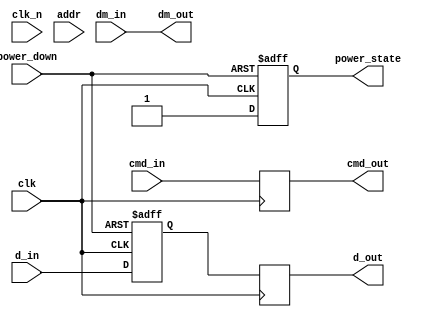
module lpd_io_block (
    input wire clk,          // Main clock input
    input wire clk_n,        // Inverted clock input (differential signaling)
    input wire [DQ_WIDTH-1:0] d_in,  // Data input (DQ)
    output wire [DQ_WIDTH-1:0] d_out, // Data output (DQ)
    input wire [CMD_WIDTH-1:0] cmd_in, // Command input (CMD)
    output wire [CMD_WIDTH-1:0] cmd_out, // Command output (CMD)
    input wire [ADDR_WIDTH-1:0] addr,  // Address input (A)
    input wire power_down,    // Power down signal
    output reg power_state,    // Current power state
    input wire dm_in,         // Data mask input (DM)
    output wire dm_out        // Data mask output (DM)
);

parameter DQ_WIDTH = 32;     // Data width
parameter CMD_WIDTH = 3;      // Command width
parameter ADDR_WIDTH = 12;    // Address width

// Input Buffer
reg [DQ_WIDTH-1:0] d_in_buf;
always @(posedge clk or negedge power_down) begin
    if (!power_down)
        d_in_buf <= 0; // Reset buffer in power down
    else
        d_in_buf <= d_in; // Capture incoming data
end

// Output Buffer
reg [DQ_WIDTH-1:0] d_out_buf;
always @(posedge clk) begin
    d_out_buf <= d_in_buf; // Drive output with buffered input
end
assign d_out = d_out_buf;

// Command Buffer
reg [CMD_WIDTH-1:0] cmd_buf;
always @(posedge clk) begin
    cmd_buf <= cmd_in; // Capture incoming command
end
assign cmd_out = cmd_buf; // Drive output command

// Address Logic (for demonstration purposes)
reg [ADDR_WIDTH-1:0] addr_reg;
always @(posedge clk) begin
    addr_reg <= addr; // Capture address
end

// Power Control Unit
always @(posedge clk or negedge power_down) begin
    if (!power_down)
        power_state <= 0; // Power down state
    else
        power_state <= 1; // Active state
end

// Data Mask Logic
assign dm_out = dm_in; // Directly pass through for simplicity

// Termination Logic (Placeholder)
wire [DQ_WIDTH-1:0] term_data;
assign term_data = d_out_buf; // Placeholder for termination logic

// Clock Management (Placeholder for clock distribution logic)
// This would typically include clock gating and distribution logic.

endmodule